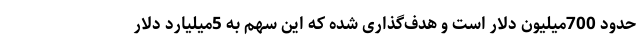
حدود 700میلیون دلار است و هدف‌گذاری شده که این سهم به 5میلیارد دلار